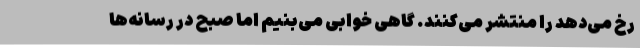
رخ می‌دهد را منتشر می‌کنند. گاهی خوابی می‌بنیم اما صبح در رسانه‌ها